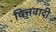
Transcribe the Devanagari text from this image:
वित्तवादी